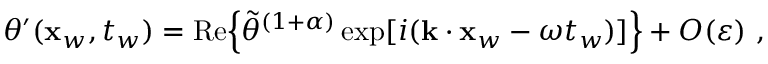
\begin{array} { r } { \theta ^ { \prime } ( \mathbf { x } _ { w } , t _ { w } ) = \mathrm { R e } \Big \{ \tilde { \theta } ^ { ( 1 + \alpha ) } \exp [ i ( \mathbf { k } \cdot \mathbf { x } _ { w } - \omega t _ { w } ) ] \Big \} + { O } \! \left( { \varepsilon } \right) \, , } \end{array}